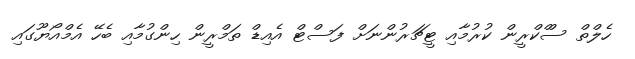
ހެލްތް ސްްކްރީން ކުރުމާއި ޓީޗަރުންނަށް ފަސްޓް އެއިޑް ތަމްރީން ހިންގުމާއި ބެހޭ އެމްއޯޔޫގައި